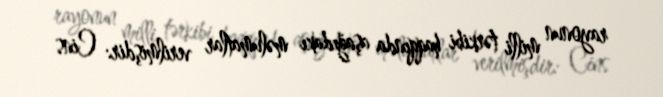
rayonun milli tərkibi haqqında aşağıdakı məlumatlar verilmişdir: Cins